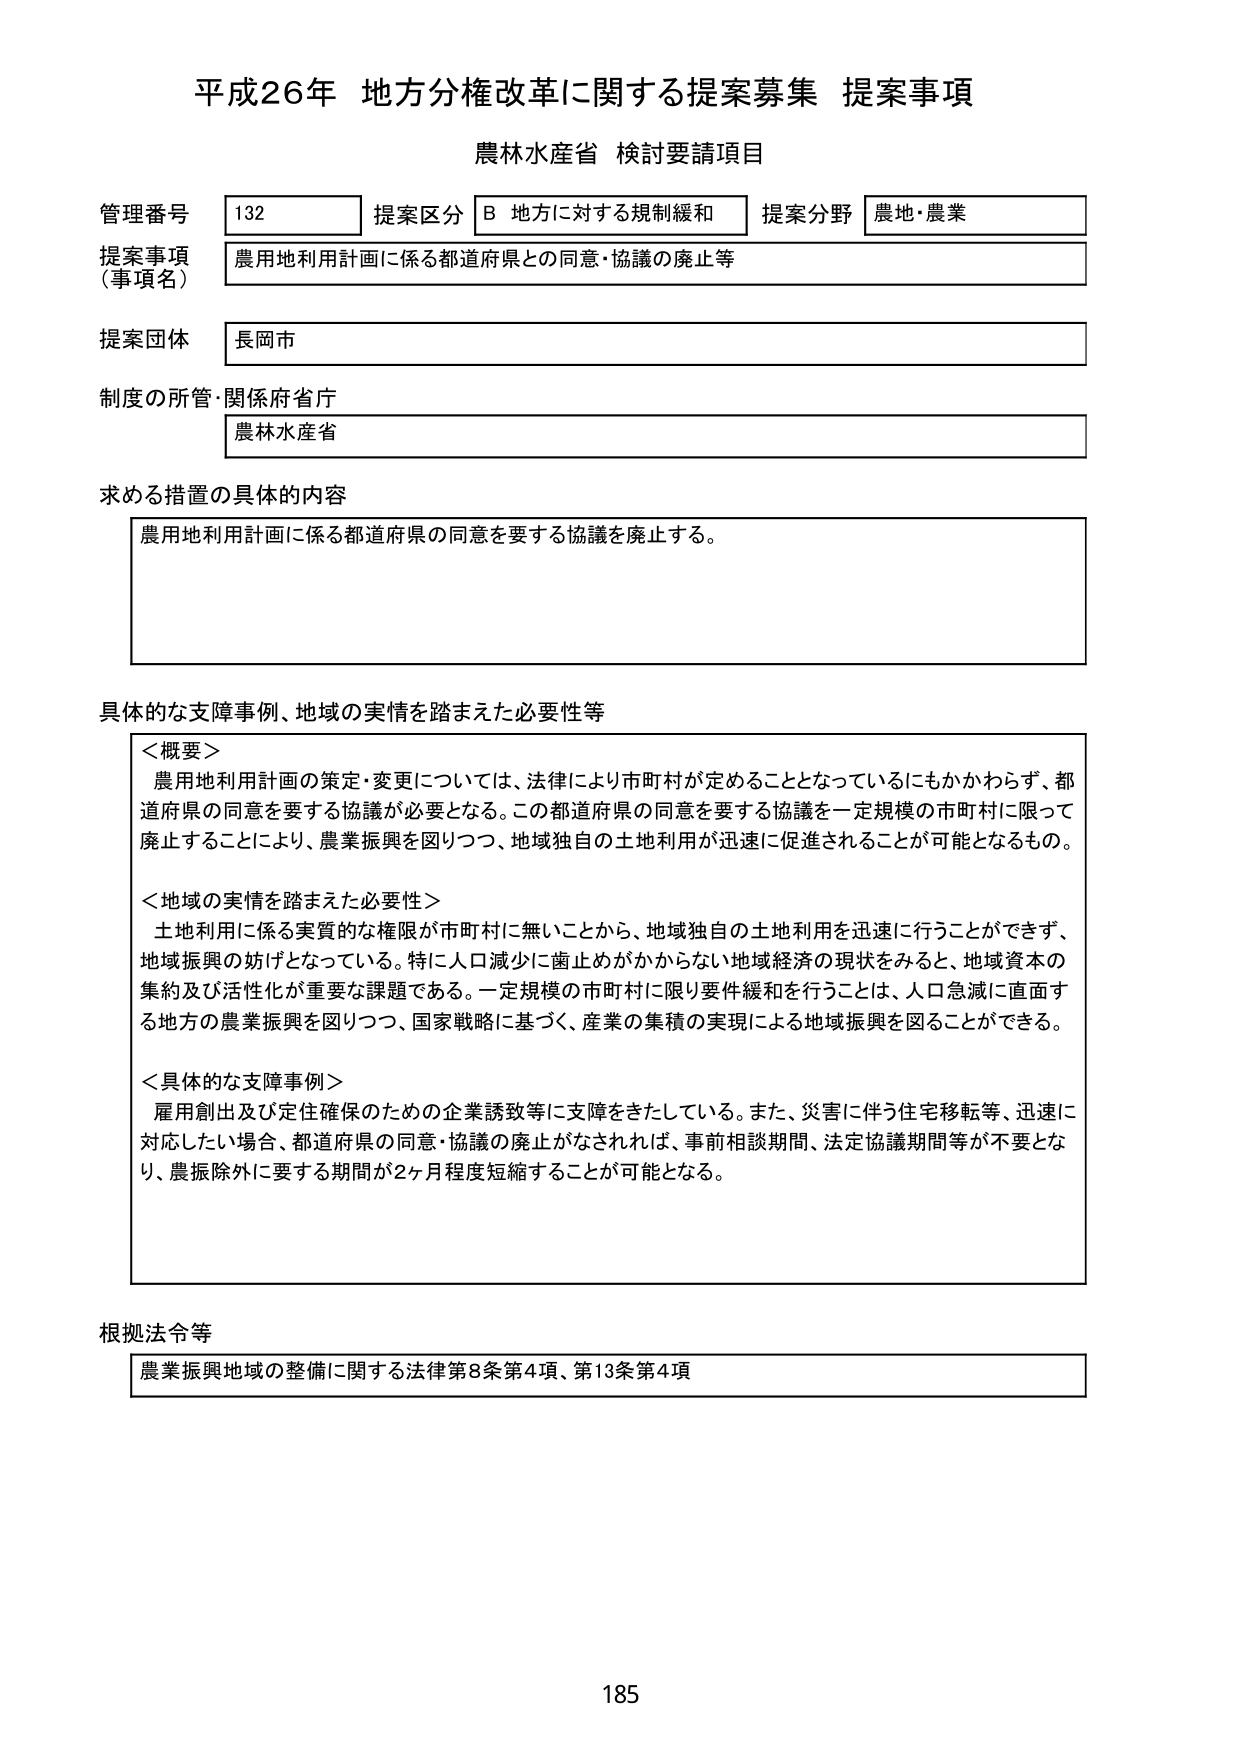
平成26年 地方分権改革に関する提案募集 提案事項
農林水産省 検討要請項目

管理番号 132 提案区分 B 地方に対する規制緩和 提案分野 農地・農業
提案事項（事項名） 農用地利用計画に係る都道府県との同意・協議の廃止等
提案団体 長岡市
制度の所管・関係府省庁 農林水産省

求める措置の具体的内容
農用地利用計画に係る都道府県の同意を要する協議を廃止する。

具体的な支障事例、地域の実情を踏まえた必要性等
＜概要＞
農用地利用計画の策定・変更については、法律により市町村が定めることとなっているにもかかわらず、都道府県の同意を要する協議が必要となる。この都道府県の同意を要する協議を一定規模の市町村に限って廃止することにより、農業振興を図りつつ、地域独自の土地利用が迅速に促進されることが可能となるもの。

＜地域の実情を踏まえた必要性＞
土地利用に係る実質的な権限が市町村に無いことから、地域独自の土地利用を迅速に行うことができず、地域振興の妨げとなっている。特に人口減少に歯止めがかからない地域経済の現状をみると、地域資本の集約及び活性化が重要な課題である。一定規模の市町村に限り要件緩和を行うことは、人口急減に直面する地方の農業振興を図りつつ、国家戦略に基づく、産業の集積の実現による地域振興を図ることができる。

＜具体的な支障事例＞
雇用創出及び定住確保のための企業誘致等に支障をきたしている。また、災害に伴う住宅移転等、迅速に対応したい場合、都道府県の同意・協議の廃止がなされれば、事前相談期間、法定協議期間等が不要となり、農振除外に要する期間が2ヶ月程度短縮することが可能となる。

根拠法令等
農業振興地域の整備に関する法律第8条第4項、第13条第4項

185